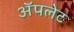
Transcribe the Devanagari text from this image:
अॅपलेट